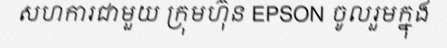
សហការជាមួយ ក្រុមហ៊ុន EPSON ចូលរួមក្នុង